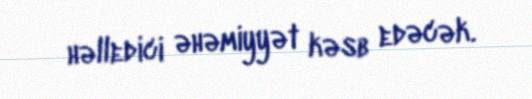
həlledici əhəmiyyət kəsb edəcək.